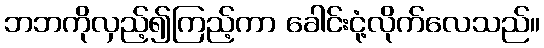
ဘဘကိုလှည့်၍ကြည့်ကာ ခေါင်းငုံ့လိုက်လေသည်။